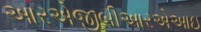
આરએજીબીઆરએઆઇ